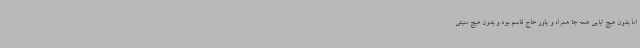
اما بدون هیچ ابایی همه جا همراه و یاور حاج قاسم بود و بدون هیچ منیتی